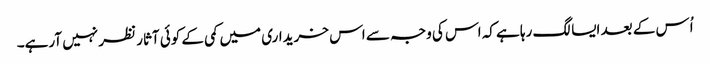
اُس کے بعد ایسا لگ رہا ہے کہ اس کی وجہ سے اس خریداری میں کمی کے کوئی آثار نظر نہیں آرہے۔